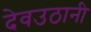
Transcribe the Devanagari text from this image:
देवउठानी